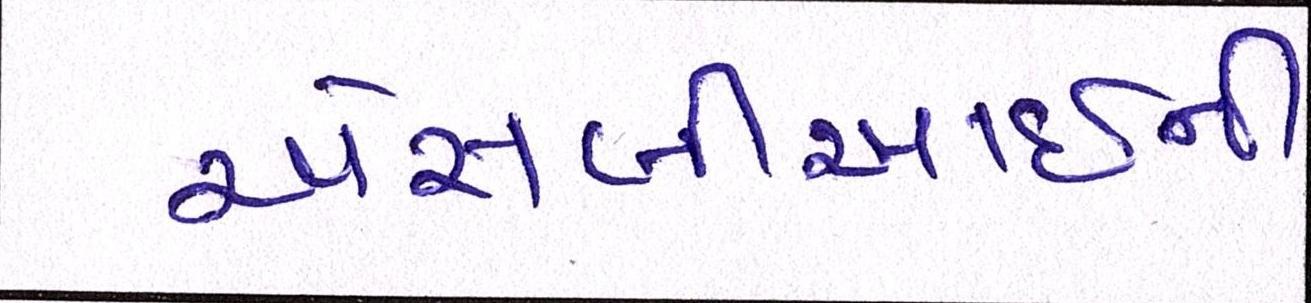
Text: એસબીઆઇની